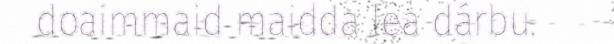
doaimmaid maidda lea dárbu.